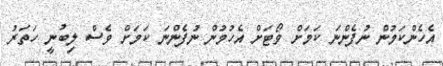
އެހެންކަމުން ނުފެންނަ ކަމަށް ވޯޓަށް އެހުމުން ނުފެންނަ ކަމަށް ވެސް ލިބުނީ ހަތަރު